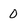
Character: 0